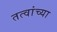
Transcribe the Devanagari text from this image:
तत्वांच्या